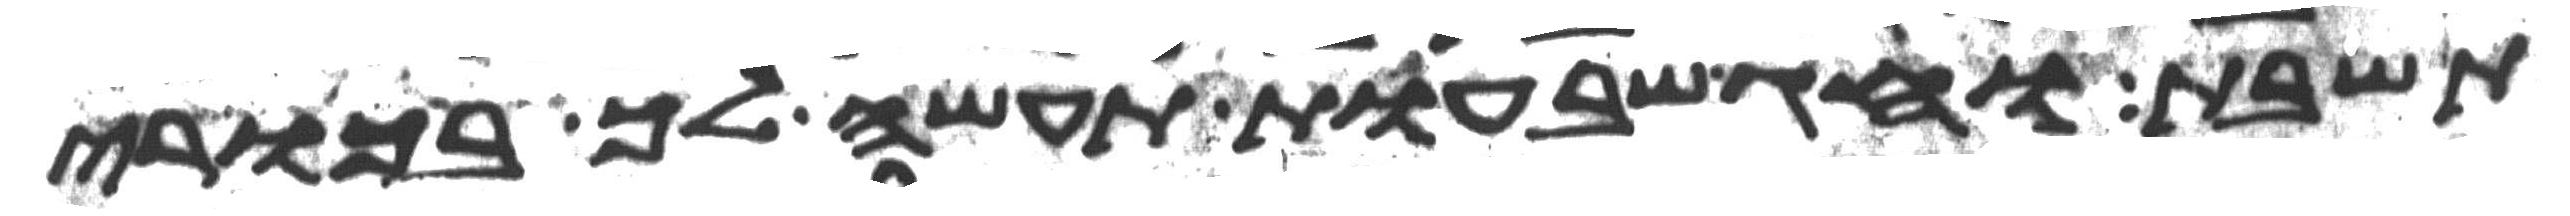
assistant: תשבת וחג שבעות תעשה לך בכורי